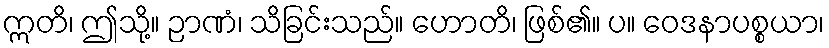
ဣတိ၊ ဤသို့။ ဉာဏံ၊ သိခြင်းသည်။ ဟောတိ၊ ဖြစ်၏။ ပ။ ဝေဒနာပစ္စယာ၊